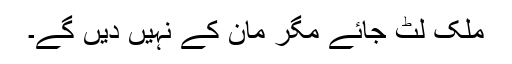
ملک لٹ جائے مگر مان کے نہیں دیں گے۔